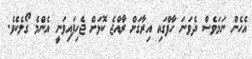
އެހެން ނަމަވެސް ދެވަނަ ހާފްގައި އިރާގަށް ރާއްޖެ ކޮޅަށް ޖެހިފައިވަނީ އެންމެ ގޯލެކެވެ.